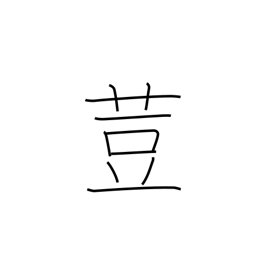
Meaning: nutmeg